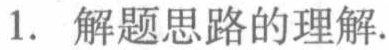
1. 解题思路的理解.